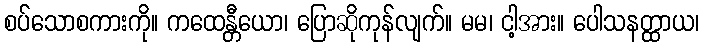
စပ်သောစကားကို။ ကထေန္တီယော၊ ပြောဆိုကုန်လျက်။ မမ၊ ငါ့အား။ ပေါသနတ္ထာယ၊